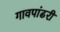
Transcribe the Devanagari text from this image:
गावपांढरी